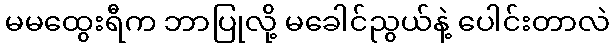
မမထွေးရီက ဘာပြုလို့ မခေါင်ညွယ်နဲ့ ပေါင်းတာလဲ